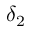
\delta _ { 2 }